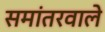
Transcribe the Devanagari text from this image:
समांतरवाले